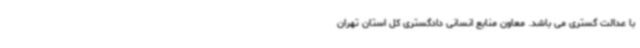
با عدالت گستری می باشد. معاون منابع انسانی دادگستری کل استان تهران